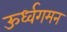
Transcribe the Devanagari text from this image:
ऊर्ध्वगमन